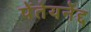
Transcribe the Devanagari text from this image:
पेंतेयर्नेद्द